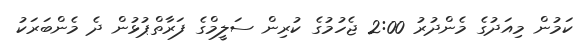
ކަމުން މިއަދުގެ މެންދުރު 2:00 ޖެހުމުގެ ކުރިން ސަލީމްގެ ފަރާތްޕުޅުން ދެ މެންބަރަކު